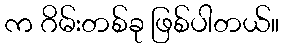
က ဂိမ်းတစ်ခု ဖြစ်ပါတယ်။